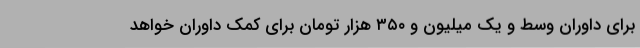
برای داوران وسط و یک میلیون و ۳۵۰ هزار تومان برای کمک داوران خواهد